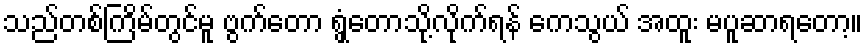
သည်တစ်ကြိမ်တွင်မူ ဗွက်တော ရွှံ့တောသို့လိုက်ရန် ကေသွယ် အထူး မပူဆာရတော့။